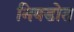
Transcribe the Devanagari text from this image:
निवडोत